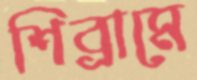
শিব্রামে